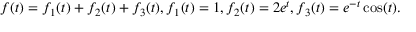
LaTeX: f ( t ) = f _ { 1 } ( t ) + f _ { 2 } ( t ) + f _ { 3 } ( t ) , f _ { 1 } ( t ) = 1 , f _ { 2 } ( t ) = 2 e ^ { t } , f _ { 3 } ( t ) = e ^ { - t } \cos ( t ) .